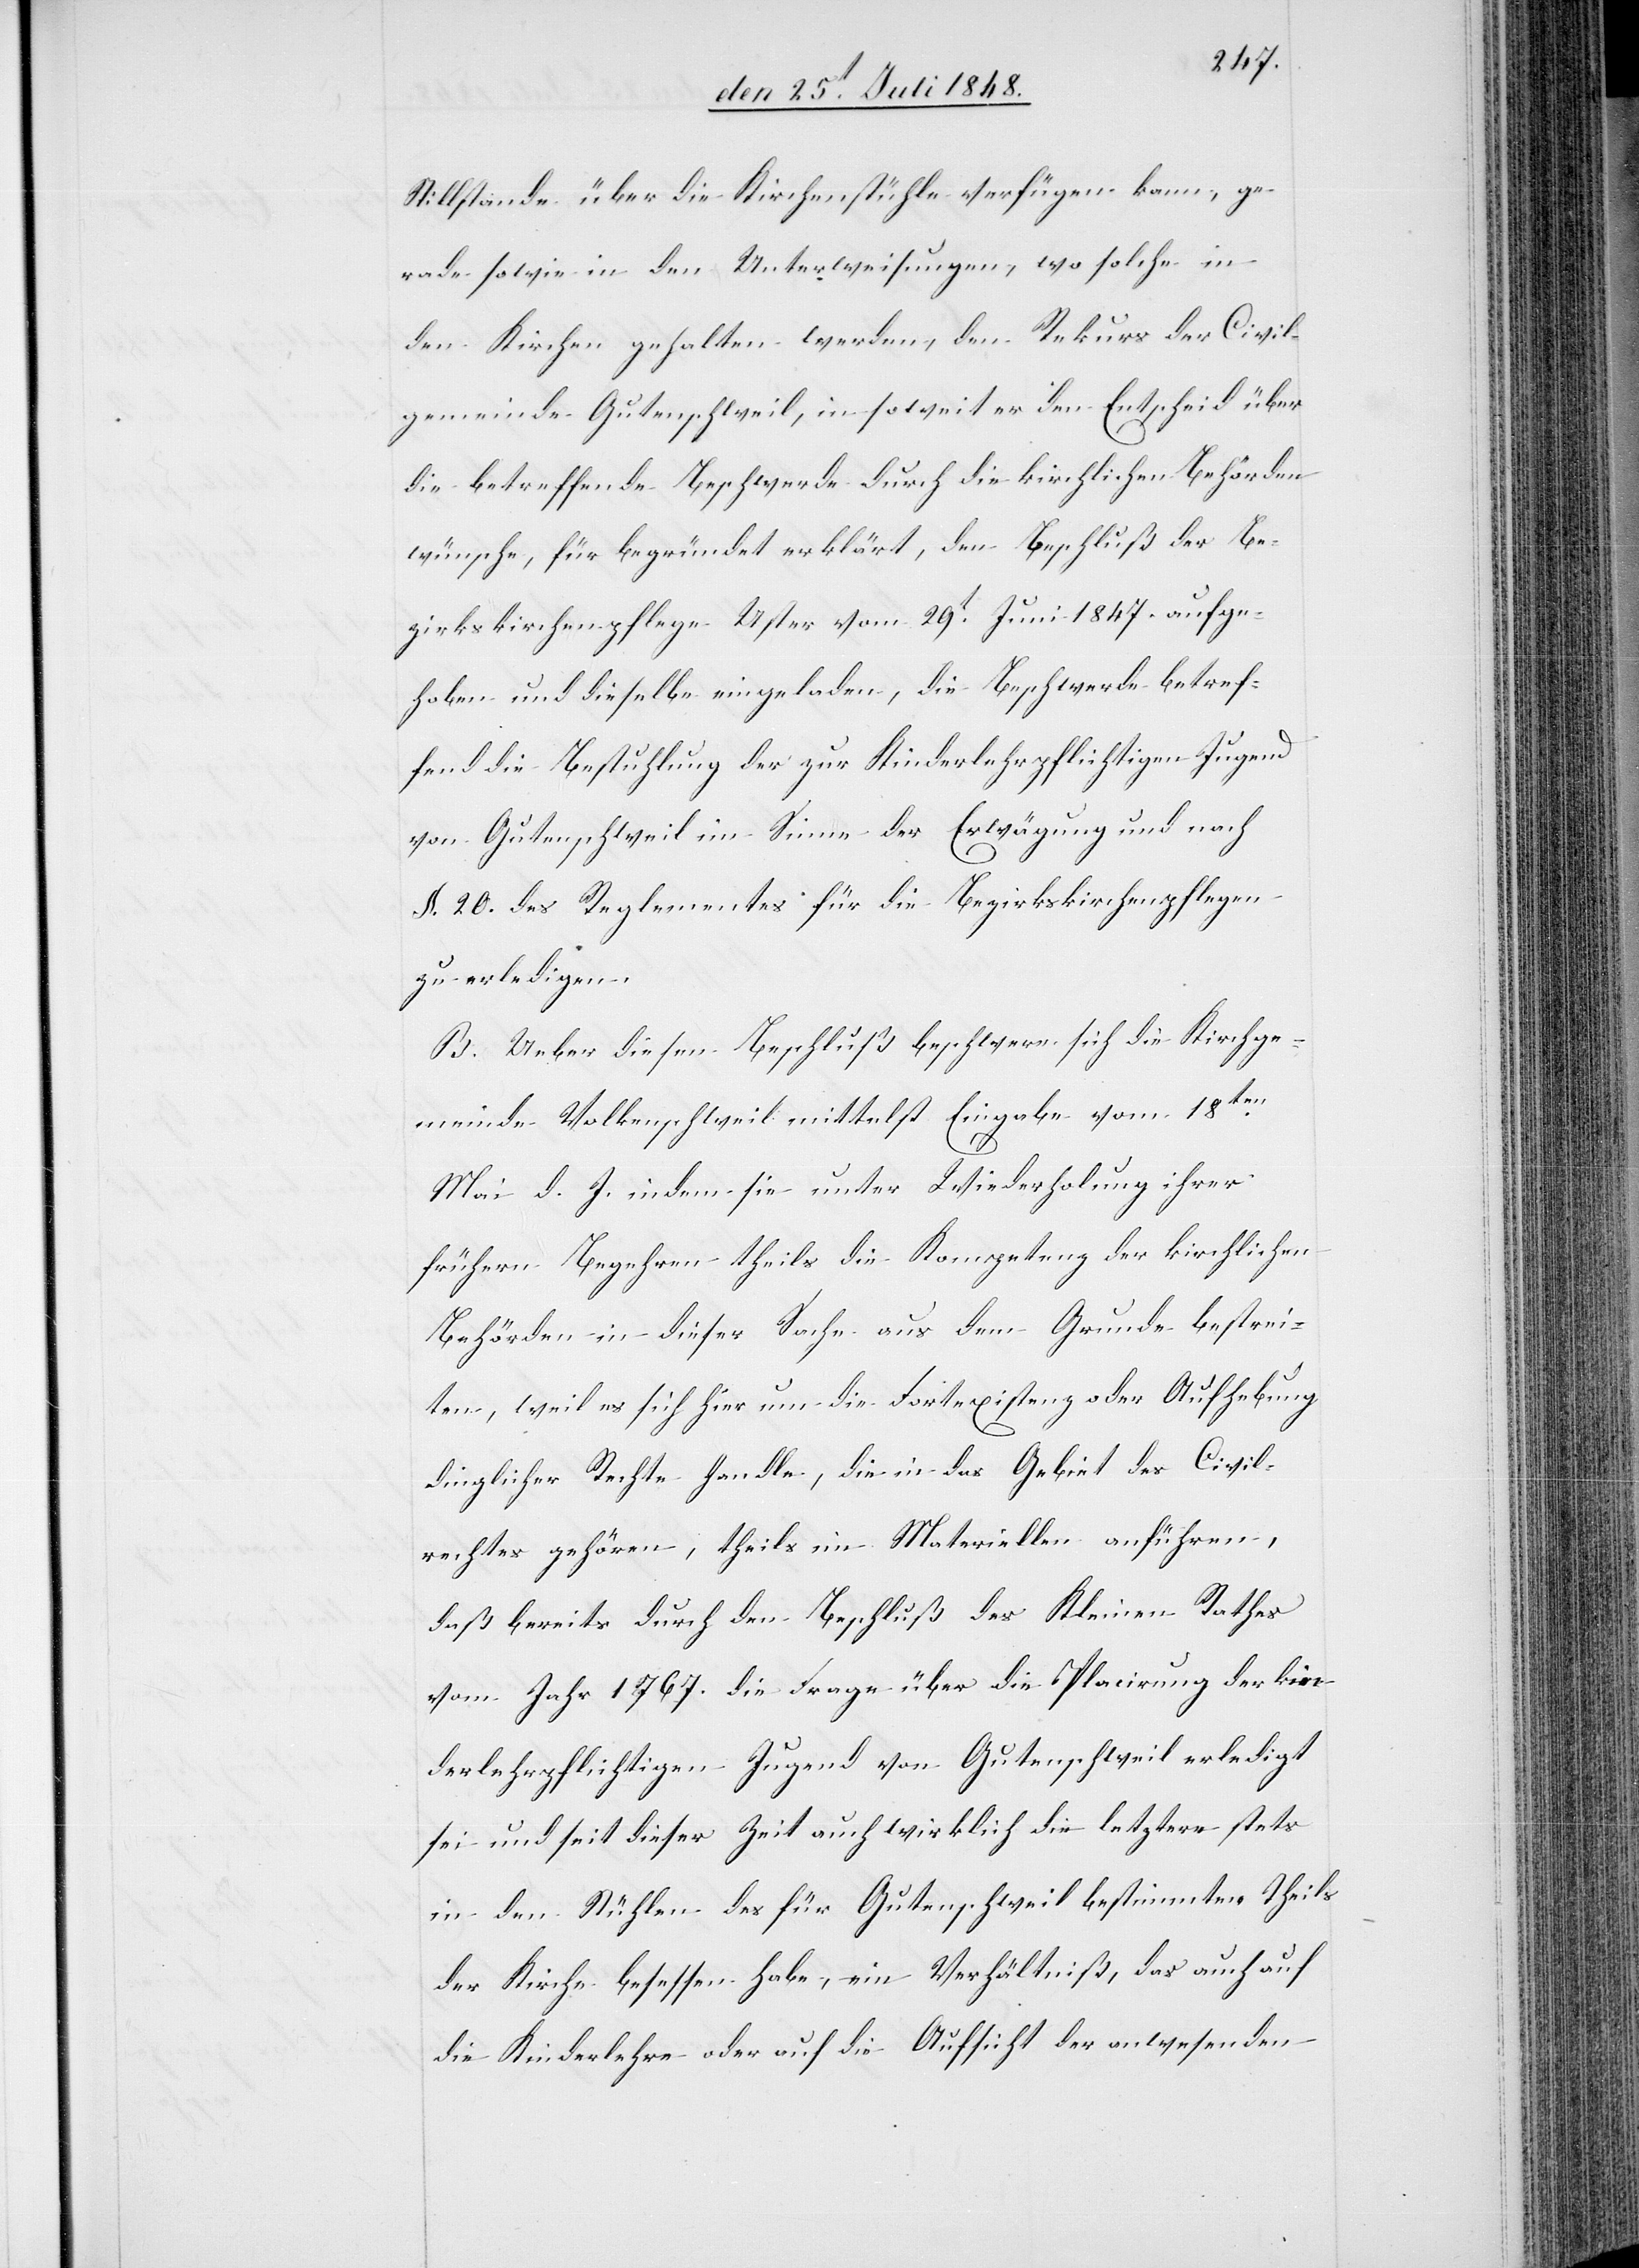
Stillstande über die Kirchenstühle verfügen kann, ge¬
rade sowie in den Unterweisungen, wo solche in
den Kirchen gehalten werden, den Rekurs der Civil¬
gemeinde Gutenschweil, in soweit er den Entscheid über
die betreffende Beschwerde durch die kirchlichen Behörden
wünsche, für begründet erklärt, den Beschluß der Be¬
zirkskirchenpflege Uster vom 29t Juni 1847. aufge¬
hoben und dieselbe eingeladen, die Beschwerde betref¬
fend die Bestuhlung der zur Kinderlehrpflichtigen Jugend
von Gutenschweil im Sinne der Erwägung und nach
§. 20. des Reglementes für die Bezirkskirchenpflegen
zu erledigen.
B. Ueber diesen Beschluß beschwere sich die Kirchge¬
meinde Volkenschweil mittelst Eingabe vom 18ten
Mai d. J. indem sie unter Wiederholung ihrer
frühern Begehren theils die Kompetenz der kirchlichen
Behörden in dieser Sache aus dem Grunde bestrei¬
ten, weil es sich hier um die Fortexistenz oder Aufhebung
dinglicher Rechte handle, die in das Gebiet des Civil¬
rechtes gehören, theils im Materiellen anführen,
daß bereits durch den Beschluß des Kleinen Rathes
vom Jahr 1767. die Frage über die Placirung der kin¬
derlehrpflichtigen Jugend von Gutenschweil erledigt
sei und seit dieser Zeit auch wirklich die letztere stets
in den Stühlen des für Gutenschweil bestimmten Theils
der Kirche besessen habe, ein Verhältniß, das auch auf
die Kinderlehre oder auf die Aufsicht der anwesenden